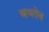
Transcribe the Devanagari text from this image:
बाथरोब